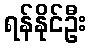
ရန်နိုင်ဦး